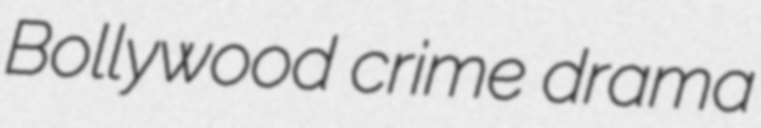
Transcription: Bollywood crime drama